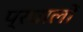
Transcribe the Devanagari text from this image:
प्रचालों